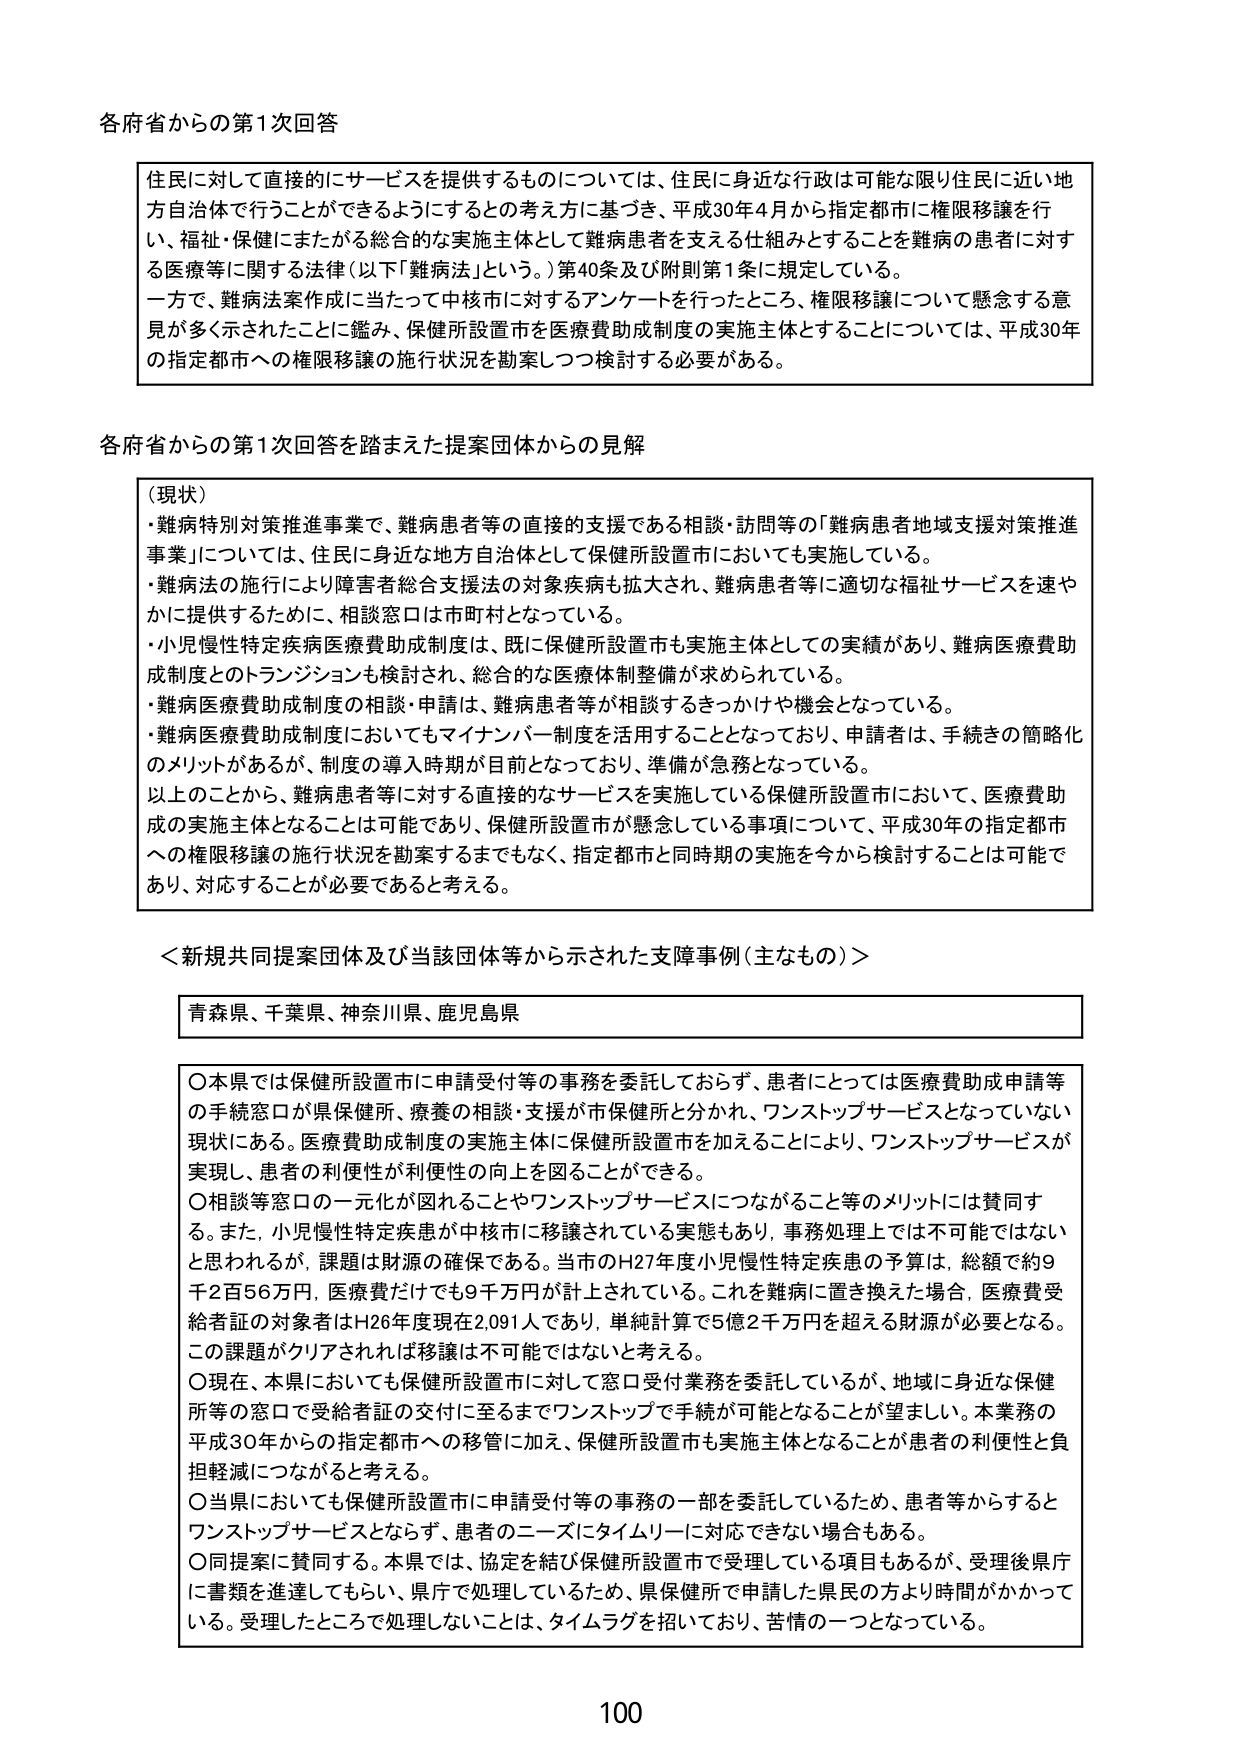
各府省からの第1次回答

住民に対して直接的にサービスを提供するものについては、住民に身近な行政は可能な限り住民に近い地方自治体で行うことができるようにするとの考え方に基づき、平成30年4月から指定都市に権限移譲を行い、福祉・保健にまたがる総合的な実施主体として難病患者を支える仕組みとすることを難病の患者に対する医療等に関する法律（以下「難病法」という。）第40条及び附則第1条に規定している。
一方で、難病法案作成に当たって中核市に対するアンケートを行ったところ、権限移譲について懸念する意見が多く示されたことに鑑み、保健所設置市を医療費助成制度の実施主体とすることについては、平成30年の指定都市への権限移譲の施行状況を勘案しつつ検討する必要がある。

各府省からの第1次回答を踏まえた提案団体からの見解

（現状）
・難病特別対策推進事業で、難病患者等の直接的支援である相談・訪問等の「難病患者地域支援対策推進事業」については、住民に身近な地方自治体として保健所設置市においても実施している。
・難病法の施行により障害者総合支援法の対象疾病も拡大され、難病患者等に適切な福祉サービスを速やかに提供するために、相談窓口は市町村となっている。
・小児慢性特定疾病医療費助成制度は、既に保健所設置市も実施主体としての実績があり、難病医療費助成制度とのトランジションも検討され、総合的な医療体制整備が求められている。
・難病医療費助成制度の相談・申請は、難病患者等が相談するきっかけや機会となっている。
・難病医療費助成制度においてもマイナンバー制度を活用することとなっており、申請者は、手続きの簡略化のメリットがあるが、制度の導入時期が目前となっており、準備が急務となっている。
以上のことから、難病患者等に対する直接的なサービスを実施している保健所設置市において、医療費助成の実施主体となることは可能であり、保健所設置市が懸念している事項について、平成30年の指定都市への権限移譲の施行状況を勘案するまでもなく、指定都市と同時期の実施を今から検討することは可能であり、対応することが必要であると考える。

＜新規共同提案団体及び当該団体等から示された支障事例（主なもの）＞

青森県、千葉県、神奈川県、鹿児島県

〇本県では保健所設置市に申請受付等の事務を委託しておらず、患者にとっては医療費助成申請等の手続窓口が県保健所、療養の相談・支援が市保健所と分かれ、ワンストップサービスとなっていない現状にある。医療費助成制度の実施主体に保健所設置市を加えることにより、ワンストップサービスが実現し、患者の利便性が利便性の向上を図ることができる。
〇相談等窓口の一元化が図れることやワンストップサービスにつながること等のメリットには賛同する。また、小児慢性特定疾患が中核市に移譲されている実態もあり、事務処理上では不可能ではないと思われるが、課題は財源の確保である。当市のH27年度小児慢性特定疾患の予算は、総額で約9千2百56万円、医療費だけでも9千万円が計上されている。これを難病に置き換えた場合、医療費受給者証の対象者はH26年度現在2,091人であり、単純計算で5億2千万円を超える財源が必要となる。この課題がクリアされれば移譲は不可能ではないと考える。
〇現在、本県においても保健所設置市に対して窓口受付業務を委託しているが、地域に身近な保健所等の窓口で受給者証の交付に至るまでワンストップで手続が可能となることが望ましい。本業務の平成30年からの指定都市への移管に加え、保健所設置市も実施主体となることが患者の利便性と負担軽減につながると考える。
〇当県においても保健所設置市に申請受付等の事務の一部を委託しているため、患者等からするとワンストップサービスとならず、患者のニーズにタイムリーに対応できない場合もある。
〇同提案に賛同する。本県では、協定を結び保健所設置市で受理している項目もあるが、受理後県庁に書類を進達してもらい、県庁で処理しているため、県保健所で申請した県民の方より時間がかかっている。受理したところで処理しないことは、タイムラグを招いており、苦情の一つとなっている。

100